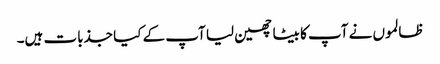
ظالموں نے آپ کا بیٹا چھین لیا آپ کے کیا جذبات ہیں۔